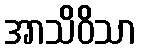
အာသိဝိသာ